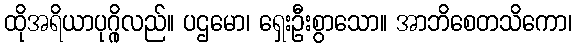
ထိုအရိယာပုဂ္ဂိုလည်။ ပဌမော၊ ရှေးဦးစွာသော။ အာဘိစေတသိကော၊